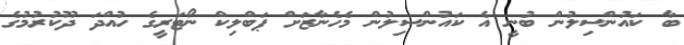
ބާ ކައުންސިލުން ބުނީ އެ ކައުންސިލުން މެހެނާޒަށް ޕަބްލިކް ނޯޓަރީގެ ހުއްދަ ދޫކުރުމުގެ